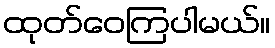
ထုတ်ဝေကြပါမယ်။